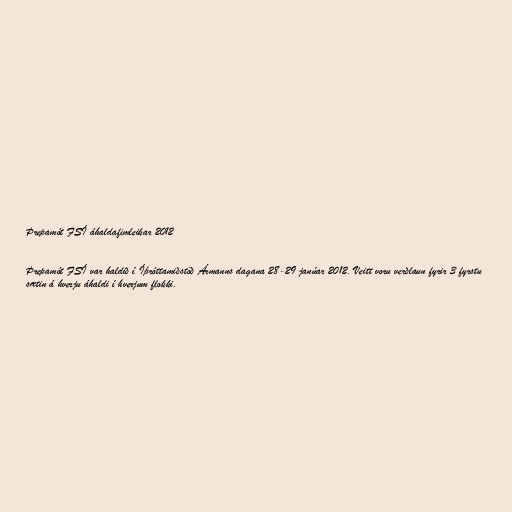
Þrepamót FSÍ áhaldafimleikar 2012

Þrepamót FSÍ var haldið í Íþróttamiðstöð Ármanns dagana 28-29 janúar 2012. Veitt voru verðlaun fyrir 3 fyrstu
sætin á hverju áhaldi í hverjum flokki.